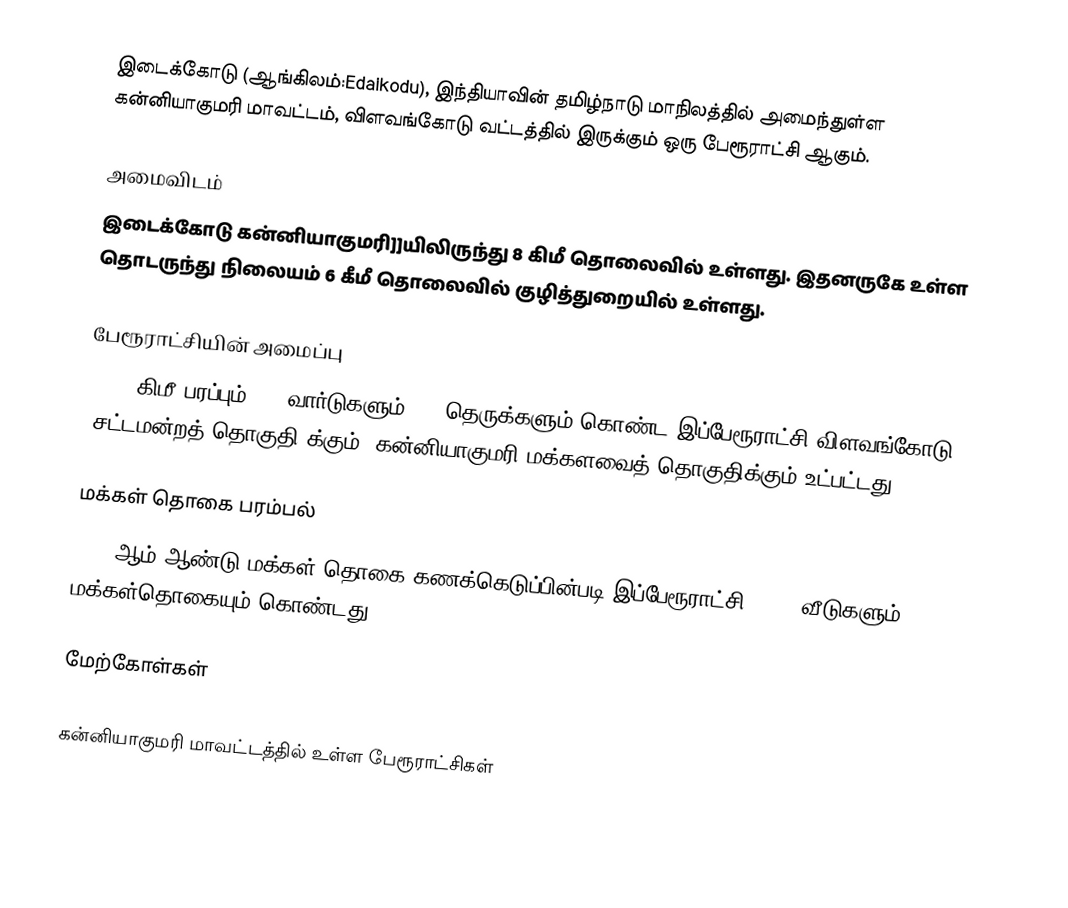
இடைக்கோடு (ஆங்கிலம்:Edaikodu), இந்தியாவின் தமிழ்நாடு மாநிலத்தில் அமைந்துள்ள கன்னியாகுமரி மாவட்டம், விளவங்கோடு வட்டத்தில் இருக்கும் ஒரு பேரூராட்சி ஆகும்.

அமைவிடம்
இடைக்கோடு கன்னியாகுமரி]]யிலிருந்து 8 கிமீ தொலைவில் உள்ளது. இதனருகே உள்ள தொடருந்து நிலையம் 6 கீமீ தொலைவில் குழித்துறையில் உள்ளது.

பேரூராட்சியின் அமைப்பு
10.75 கிமீ  பரப்பும், 18  வார்டுகளும்,  18 தெருக்களும் கொண்ட இப்பேரூராட்சி விளவங்கோடு   (சட்டமன்றத் தொகுதி)க்கும், கன்னியாகுமரி மக்களவைத் தொகுதிக்கும் உட்பட்டது.

மக்கள் தொகை பரம்பல்
2011-ஆம் ஆண்டு மக்கள் தொகை கணக்கெடுப்பின்படி  இப்பேரூராட்சி                            6,528 வீடுகளும், 25,378 மக்கள்தொகையும் கொண்டது.

மேற்கோள்கள்

கன்னியாகுமரி மாவட்டத்தில் உள்ள பேரூராட்சிகள்